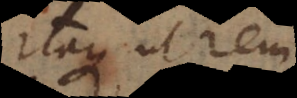
que ut rem